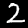
Label: 2